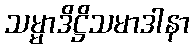
သမ္မာဒိဋ္ဌိသမာဒါနာ